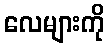
လေများကို